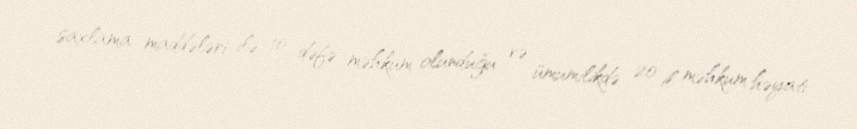
saxlama maddələri ilə 10 dəfə məhkum olunduğu və ümumilikdə 20 il məhkum həyatı